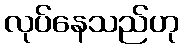
လုပ်နေသည်ဟု